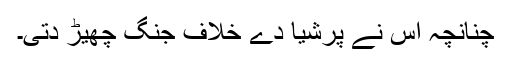
چنانچہ اس نے پرشیا دے خلاف جنگ چھیڑ دتی۔